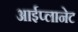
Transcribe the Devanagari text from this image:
आईप्लानेट